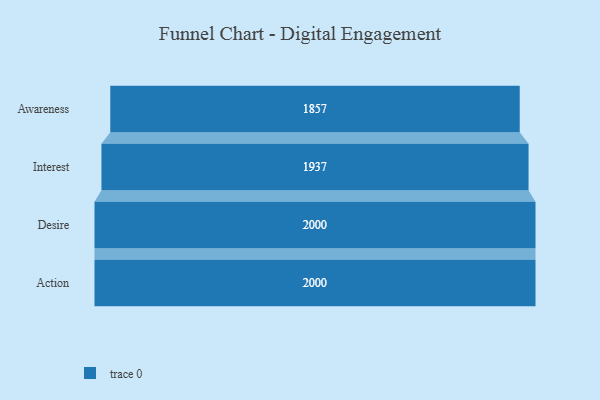
{"axis": {"x": "Stage", "y": "Value"}, "legend": [""], "data": [{"x": "Awareness", "y": 1857.0, "type": ""}, {"x": "Interest", "y": 1937.0, "type": ""}, {"x": "Desire", "y": 2000, "type": ""}, {"x": "Action", "y": 2000, "type": ""}]}